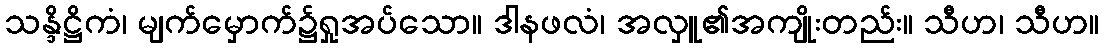
သန္ဒိဋ္ဌိကံ၊ မျက်မှောက်၌ရှုအပ်သော။ ဒါနဖလံ၊ အလှူ၏အကျိုးတည်း။ သီဟ၊ သီဟ။